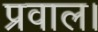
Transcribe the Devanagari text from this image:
प्रवाल।